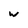
Character: w